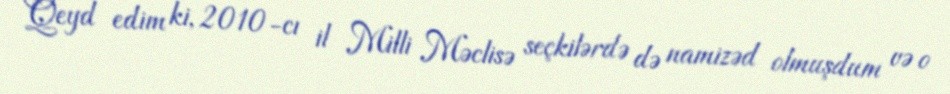
Qeyd edim ki, 2010-cı il Milli Məclisə seçkilərdə də namizəd olmuşdum və o